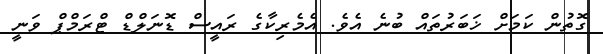
ގޮތުން ކަމަށް ޚަބަރުތައް ބުނެ އެވެ. އެމެރިކާގެ ރައީސް ޑޮނަލްޑް ޓްރަމްޕް ވަނީ